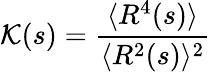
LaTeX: {\cal K}(s)=\frac{\langle R^{4}(s)\rangle}{\langle R^{2}(s)\rangle^{2}}